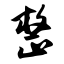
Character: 整